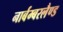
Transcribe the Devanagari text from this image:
नार्बम्बरलैण्ड